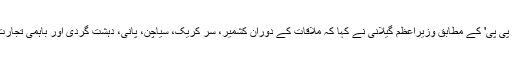
پاکستان کی سرکاری خبر رساں ایجنسی 'اے پی پی' کے مطابق وزیرِاعظم گیلانی نے کہا کہ ملاقات کے دوران کشمیر، سر کریک، سیاچن، پانی، دہشت گردی اور باہمی تجارت سمیت تمام معاملات پر تبادلہ خیال کیا گیا۔